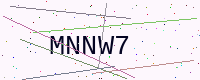
Text: MNNW7